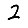
Digit: 2